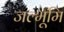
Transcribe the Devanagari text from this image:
जल्भूमि